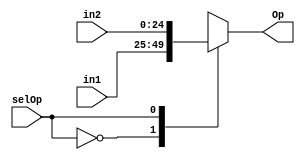
module muxInputFrac(input [24:0] in1, input [24:0] in2, input selOp, output reg [24:0] Op);
	always @ (in1 or in2 or selOp)
	begin
		case (selOp)
			0:
			begin
				Op=in1;
			end
			1:
			begin
				Op=in2;
			end
		endcase
	end
endmodule